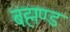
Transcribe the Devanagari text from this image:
बह्मण्ड